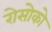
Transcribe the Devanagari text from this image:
रोसोको